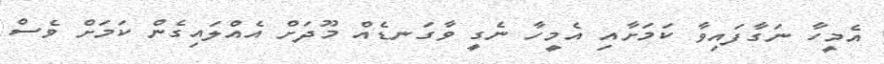
އެމީހާ ނަގާފައިވާ ކަމަށާއި އެމީހާ ނެގީ ވާގަނޑެއް މޫދަށް އެއްލައިގެން ކަމަށް ވެސް